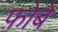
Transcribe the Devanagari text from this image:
फ़ोबे